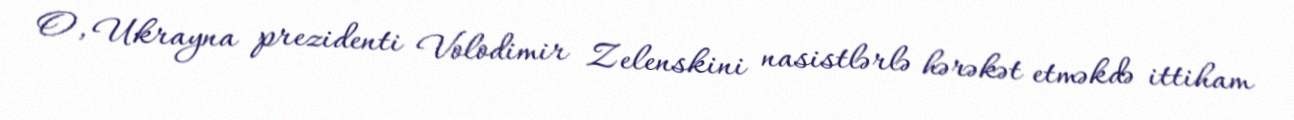
O, Ukrayna prezidenti Volodimir Zelenskini nasistlərlə hərəkət etməkdə ittiham